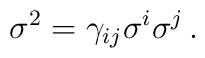
\sigma^2=\gamma_{ij}\sigma^i\sigma^j\, .